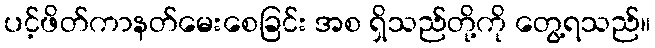
ပင့်ဖိတ်ကာနတ်မေးစေခြင်း အစ ရှိသည်တို့ကို တွေ့ရသည်။